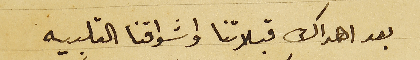
بعد اهداك قبلاتنا واشواقنا القلبيه